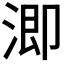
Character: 𣹜